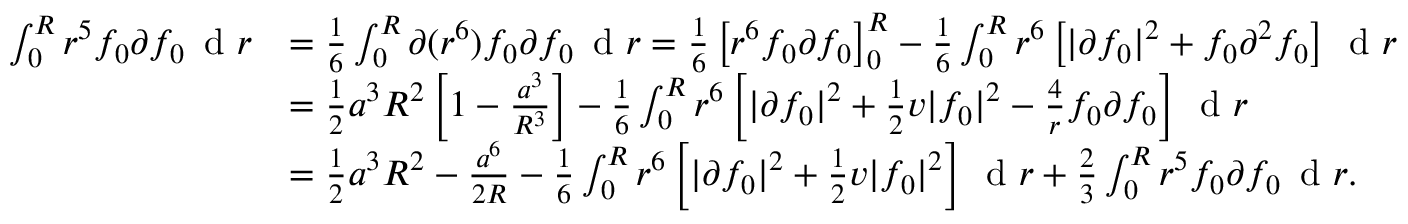
\begin{array} { r l } { \int _ { 0 } ^ { R } r ^ { 5 } f _ { 0 } \partial f _ { 0 } \, \textnormal { d } r } & { = \frac { 1 } { 6 } \int _ { 0 } ^ { R } \partial ( r ^ { 6 } ) f _ { 0 } \partial f _ { 0 } \, \textnormal { d } r = \frac { 1 } { 6 } \left[ r ^ { 6 } f _ { 0 } \partial f _ { 0 } \right] _ { 0 } ^ { R } - \frac { 1 } { 6 } \int _ { 0 } ^ { R } r ^ { 6 } \left[ | \partial f _ { 0 } | ^ { 2 } + f _ { 0 } \partial ^ { 2 } f _ { 0 } \right] \, \textnormal { d } r } \\ & { = \frac { 1 } { 2 } a ^ { 3 } R ^ { 2 } \left[ 1 - \frac { a ^ { 3 } } { R ^ { 3 } } \right] - \frac { 1 } { 6 } \int _ { 0 } ^ { R } r ^ { 6 } \left[ | \partial f _ { 0 } | ^ { 2 } + \frac { 1 } { 2 } v | f _ { 0 } | ^ { 2 } - \frac { 4 } { r } f _ { 0 } \partial f _ { 0 } \right] \, \textnormal { d } r } \\ & { = \frac { 1 } { 2 } a ^ { 3 } R ^ { 2 } - \frac { a ^ { 6 } } { 2 R } - \frac { 1 } { 6 } \int _ { 0 } ^ { R } r ^ { 6 } \left[ | \partial f _ { 0 } | ^ { 2 } + \frac { 1 } { 2 } v | f _ { 0 } | ^ { 2 } \right] \, \textnormal { d } r + \frac { 2 } { 3 } \int _ { 0 } ^ { R } r ^ { 5 } f _ { 0 } \partial f _ { 0 } \, \textnormal { d } r . } \end{array}